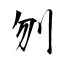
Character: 刎